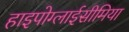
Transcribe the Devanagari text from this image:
हाइपोग्लाईसीमिया